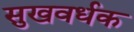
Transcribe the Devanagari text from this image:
सुखवर्धक